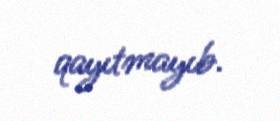
qayıtmayıb.